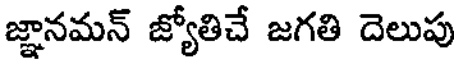
జ్ఞానమన్ జ్యోతిచే జగతి దెలుపు